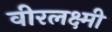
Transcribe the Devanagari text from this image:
वीरलक्ष्मी